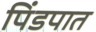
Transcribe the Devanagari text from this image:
पिंडपात